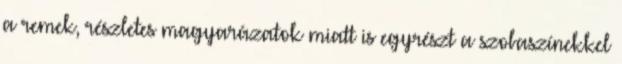
a remek, részletes magyarázatok miatt is egyrészt a szobaszínekkel